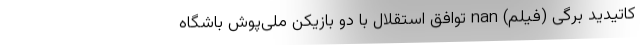
کاتیدید برگی (فیلم) nan توافق استقلال با دو بازیکن ملی‌پوش باشگاه